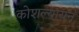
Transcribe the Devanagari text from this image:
कोशल्यायन